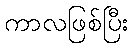
ကာလဖြစ်ပြီး